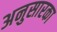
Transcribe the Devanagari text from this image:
अनुसारका